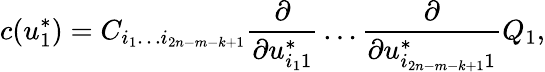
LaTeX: c(u_{1}^{*})=C_{i_{1}\ldots i_{2n-m-k+1}}{\frac{\partial}{\partial u_{i_{1}1}^{*}}}\ldots{\frac{\partial}{\partial u_{i_{2n-m-k+1}1}^{*}}}Q_{1},